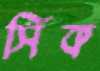
সিক